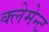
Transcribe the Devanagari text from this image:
क्लेमेन्ट